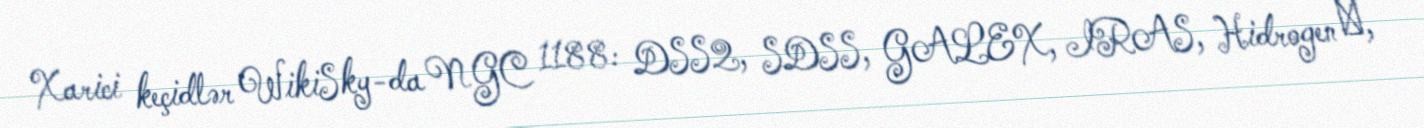
Xarici keçidlər WikiSky-da NGC 1188: DSS2, SDSS, GALEX, IRAS, Hidrogen α,